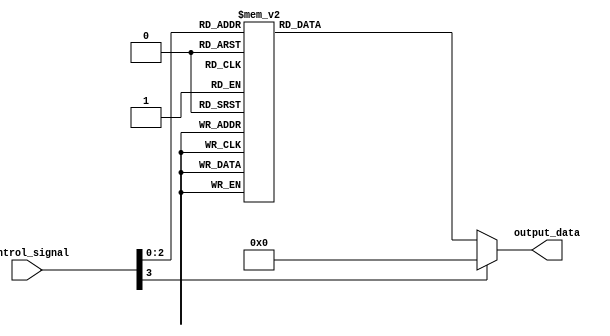
module parallel_case_statement (
    input [3:0] control_signal,
    output reg [7:0] output_data
);

always @(*) begin
    case (control_signal)
        4'b0000, 4'b0001: // Group 1
            output_data = 8'b11001100;
        4'b0010, 4'b0011: // Group 2
            output_data = 8'b00110011;
        4'b0100, 4'b0101: // Group 3
            output_data = 8'b11110000;
        4'b0110, 4'b0111: // Group 4
            output_data = 8'b00001111;
        default:
            output_data = 8'b00000000;
    endcase
end

endmodule